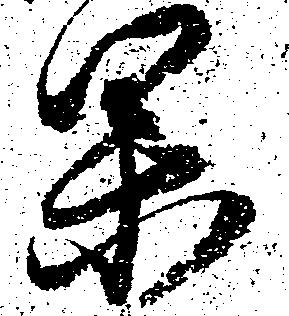
果